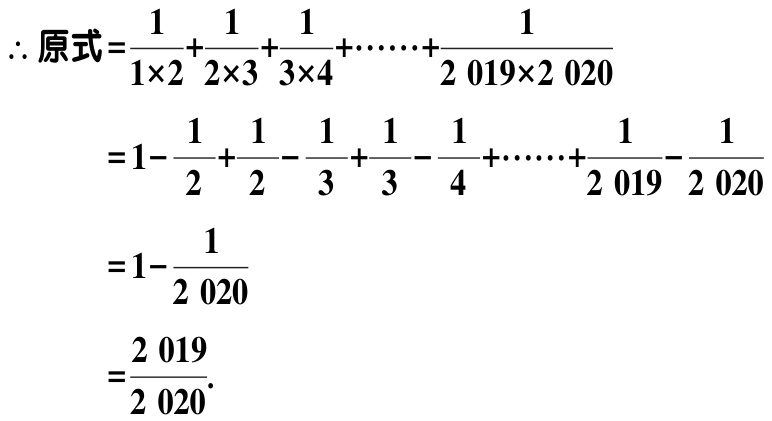
\[\begin{align*}
\therefore\text{原式}&=\frac{1}{1\times2}+\frac{1}{2\times3}+\frac{1}{3\times4}+\cdots\cdots+\frac{1}{2019\times2020}\\
&=1 - \frac{1}{2}+\frac{1}{2}-\frac{1}{3}+\frac{1}{3}-\frac{1}{4}+\cdots\cdots+\frac{1}{2019}-\frac{1}{2020}\\
&=1-\frac{1}{2020}\\
&=\frac{2019}{2020}
\end{align*}\]